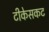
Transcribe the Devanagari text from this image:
टीकेसकट